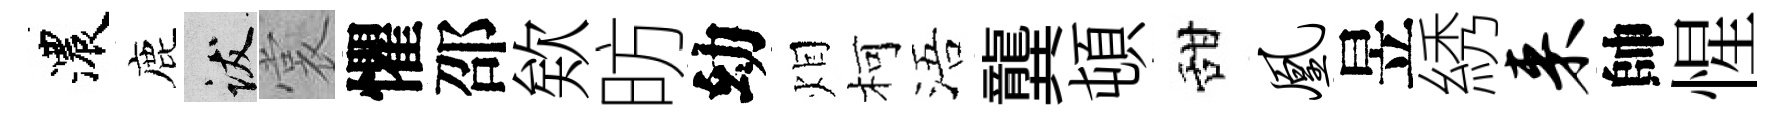
濃鹿跋裳懼邵欸昉幼𤇆柯浯龔頓甜凰昱綉来帥惺